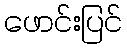
ဖောင်းပြင်